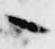
々